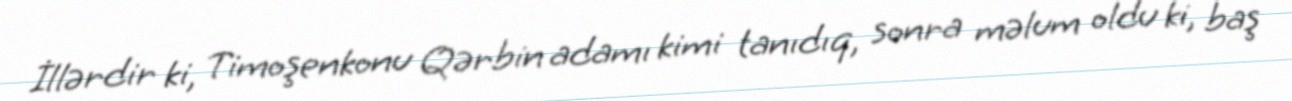
İllərdir ki, Timoşenkonu Qərbin adamı kimi tanıdıq, sonra məlum oldu ki, baş